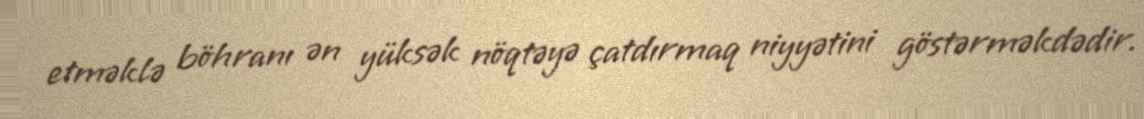
etməklə böhranı ən yüksək nöqtəyə çatdırmaq niyyətini göstərməkdədir.